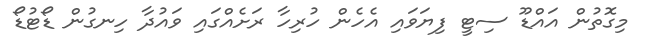
މިގޮތުން އައްޑޫ ސިޓީ ފިޔަވައި އެހެން ހުރިހާ ރަށެއްގައި ވައުދާ ހިނގުން ޑޯޓުޑޯ